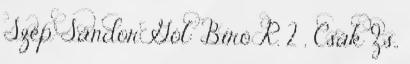
Szép Sándor Gól: Bíró R. 2 , Csák Zs.,